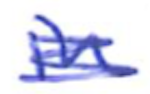
Text: in
Cross-out: scratch
Writing tool: ballpoint